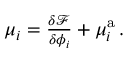
\begin{array} { r } { \mu _ { i } = \frac { \delta \mathcal { F } } { \delta \phi _ { i } } + \mu _ { i } ^ { \mathrm { a } } \, . } \end{array}